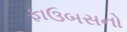
ફાઉબસનો